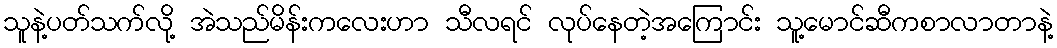
သူနဲ့ပတ်သက်လို့ အဲသည်မိန်းကလေးဟာ သီလရင် လုပ်နေတဲ့အကြောင်း သူ့မောင်ဆီကစာလာတာနဲ့